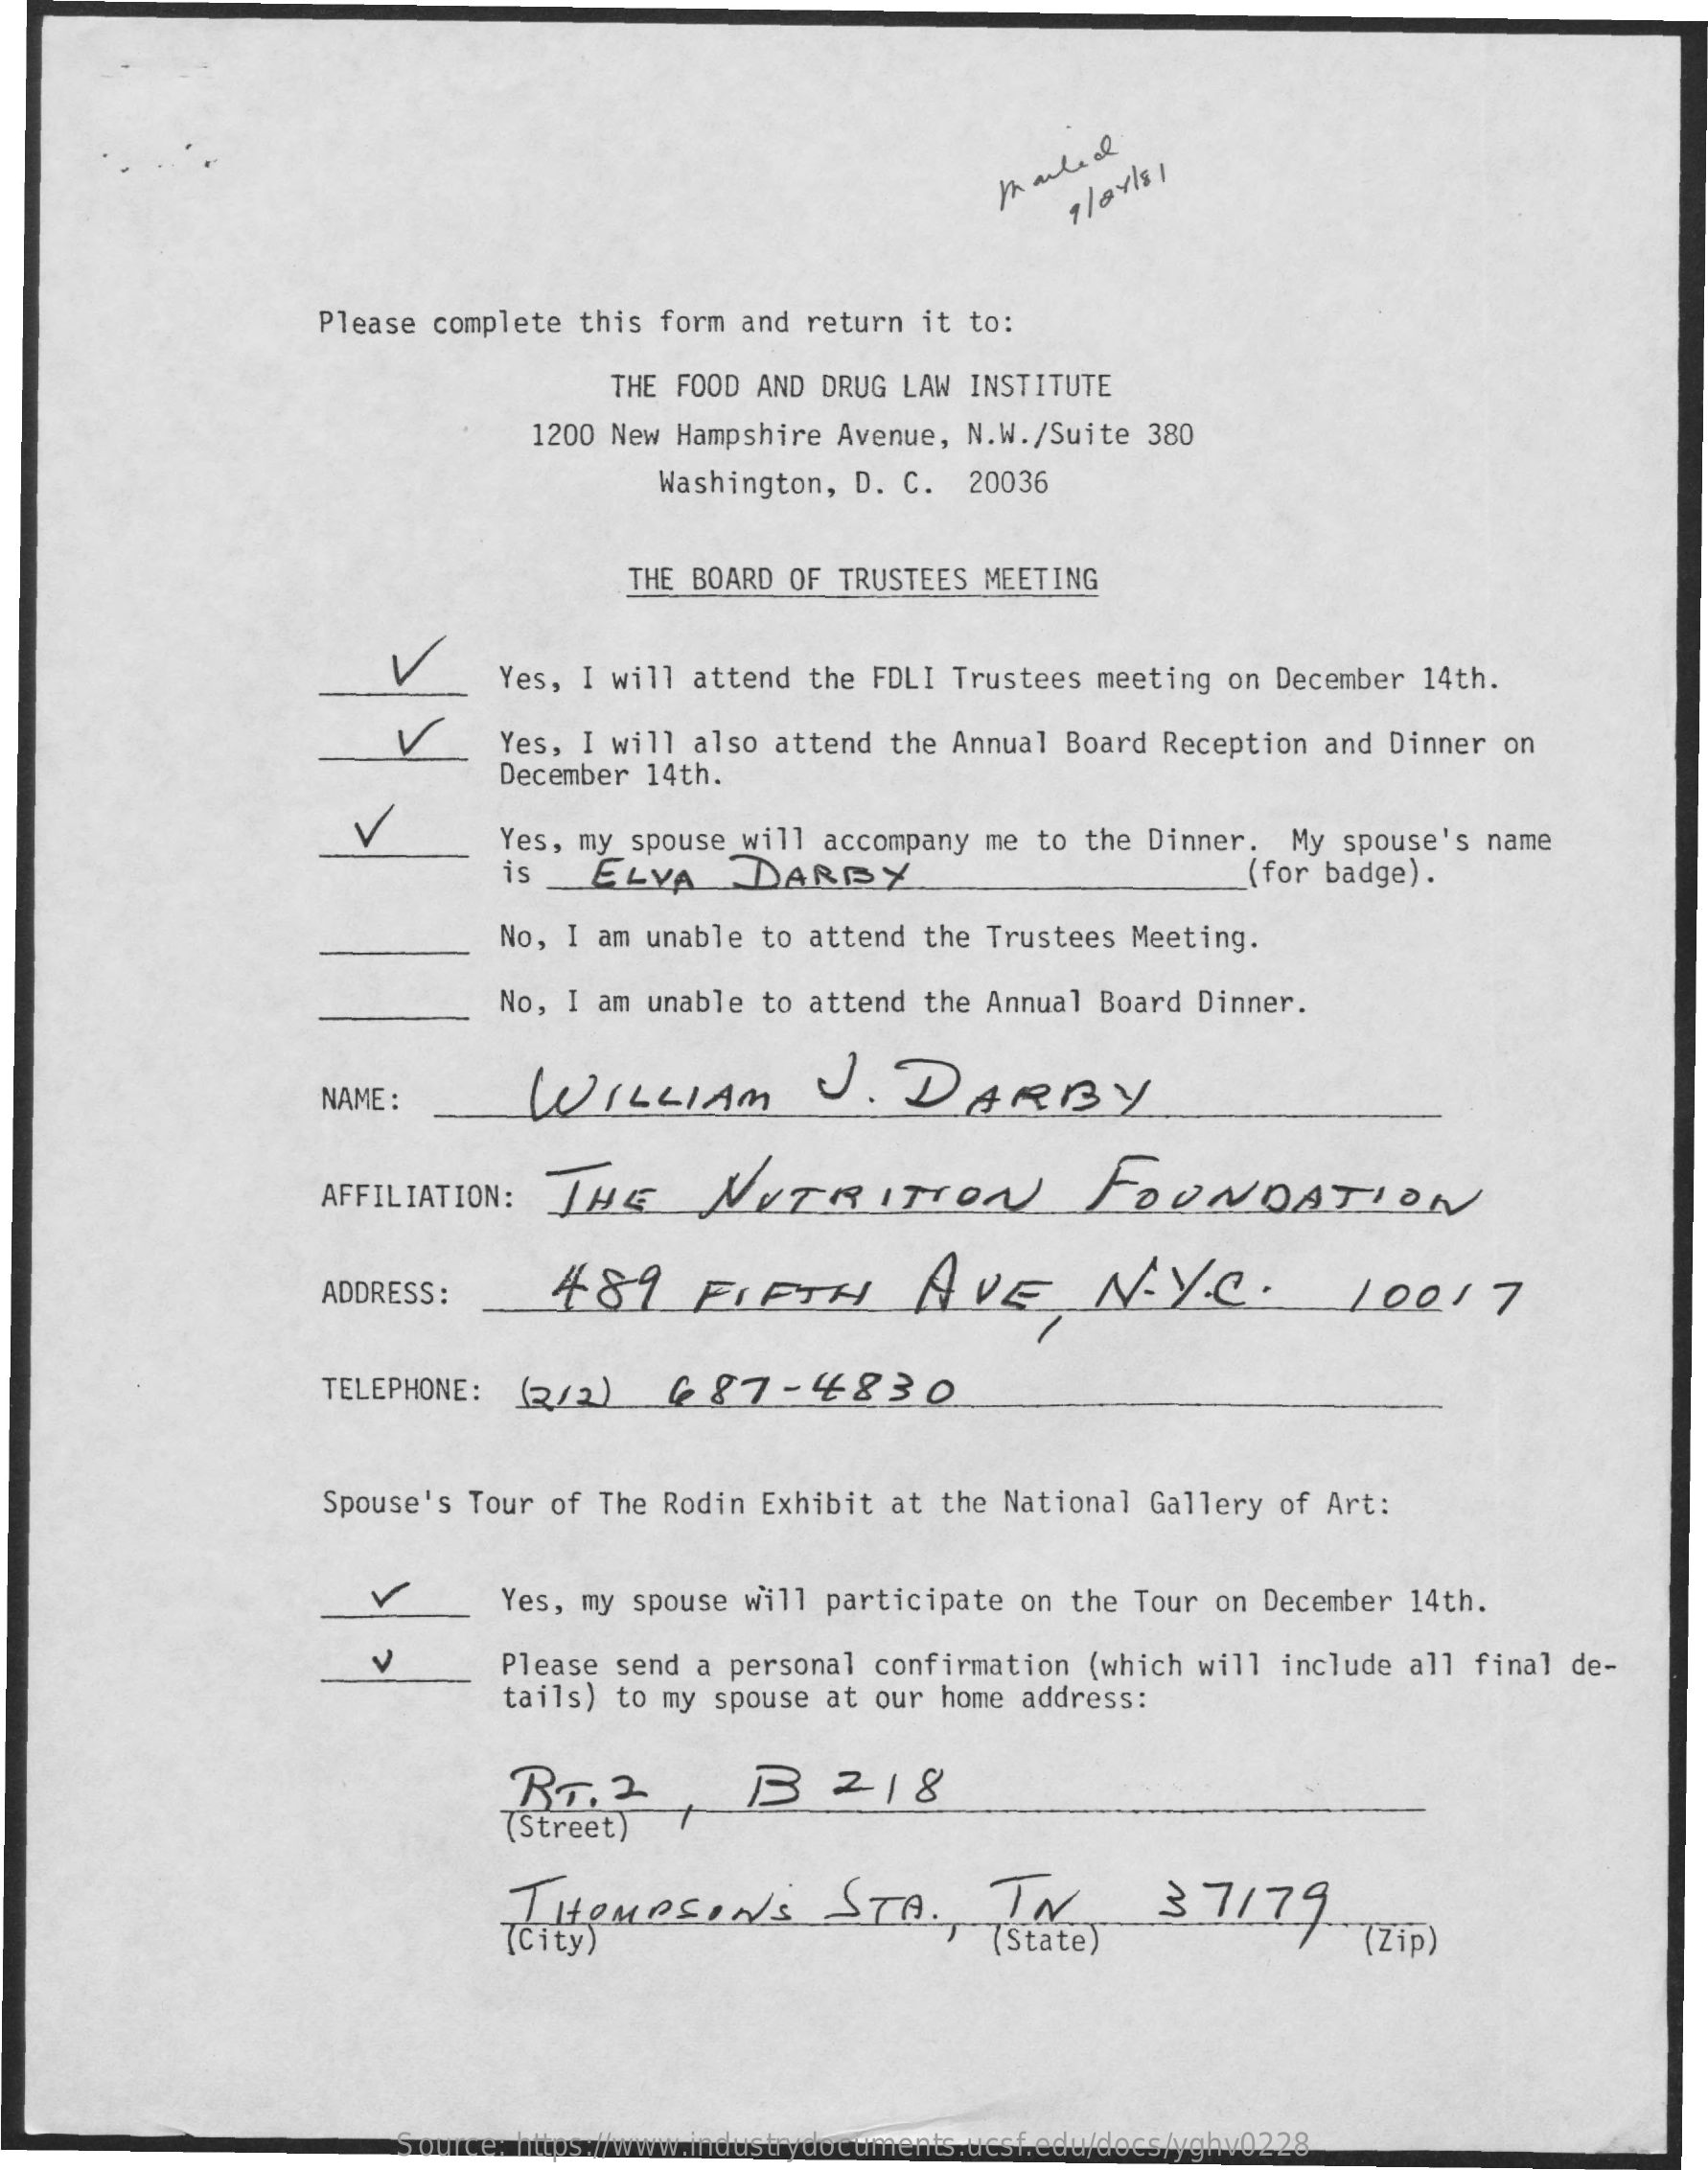
Marked
     Please complete this form and return it to:
     THE FOOD AND DRUG LAW INSTITUTE
     1200 New Hampshire Avenue, N.W./Suite 380
     Washington, D. C. 20036
     THE BOARD OF TRUSTEES MEETING
     Yes, I will attend the FDLI Trustees meeting on December 14th.
     Yes, I will also attend the Annual Board Reception and Dinner on
     December 14th.
     Yes, my spouse will accompany me to the Dinner. My spouse's name
     is   ELVA   DARBY    (for badge) .
     No, I am unable to attend the Trustees Meeting.
     No, I am unable to attend the Annual Board Dinner.
     WILLIAM    J.   DARBY NAME:
     AFFILIATION: THE  NUTRITION    FOUNDATION
     ADDRESS :  489   FIFTH    AVE,    N.  Y.C.    10017
     TELEPHONE: (/2) (87-4830
     Spouse's Tour of The Rodin Exhibit at the National Gallery of Art:
     Yes, my spouse will participate on the Tour on December 14th.
     v    Please send a personal confirmation (which will include all final de-
     tails) to my spouse at our home address:
     RT. 2    B   218
     (Street)
     THOMPSONS    STA.    IN    37179
     7city)    (State )    (Zip)
     Source: https://www.industrydocuments.ucsf.edu/docs/yghv0228